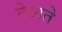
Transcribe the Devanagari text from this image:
तेखते